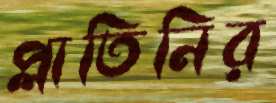
প্লাতিনির